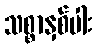
သစ္စာနှစ်ပါး